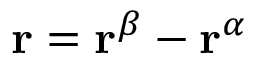
\mathbf { r } = \mathbf { r } ^ { \beta } - \mathbf { r } ^ { \alpha }